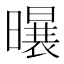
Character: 𪱆